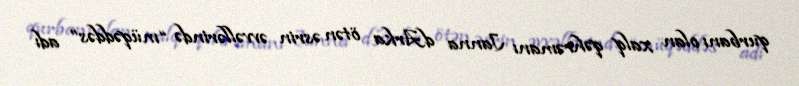
qurbanı olan xalq qəhrəmanı Janna dArka ötən əsrin əvvəllərində “müqəddəs” adı